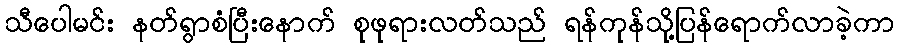
သီပေါမင်း နတ်ရွာစံပြီးနောက် စုဖုရားလတ်သည် ရန်ကုန်သို့ပြန်ရောက်လာခဲ့ကာ